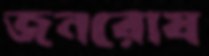
জনরোষ